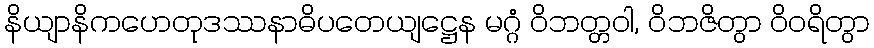
နိယျာနိကဟေတုဒဿနာဓိပတေယျဋ္ဌေန မဂ္ဂံ ဝိဘတ္တဝါ, ဝိဘဇိတွာ ဝိဝရိတွာ